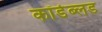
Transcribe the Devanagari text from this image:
कॉर्डब्लड